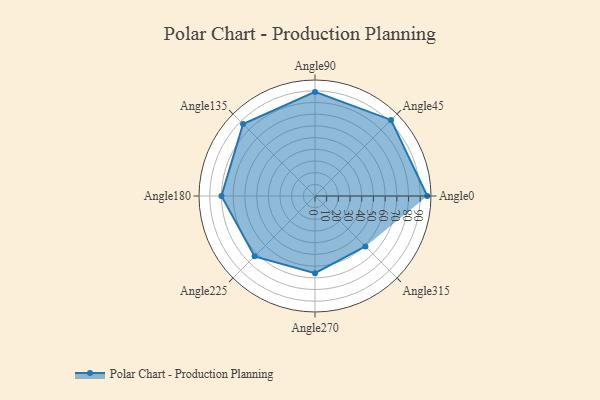
{"axis": {"x": "Angle", "y": "Radius"}, "legend": [""], "data": [{"x": "Angle0", "y": 96.0, "type": ""}, {"x": "Angle45", "y": 92.0, "type": ""}, {"x": "Angle90", "y": 89.0, "type": ""}, {"x": "Angle135", "y": 87.0, "type": ""}, {"x": "Angle180", "y": 80.0, "type": ""}, {"x": "Angle225", "y": 73.0, "type": ""}, {"x": "Angle270", "y": 66.0, "type": ""}, {"x": "Angle315", "y": 61.0, "type": ""}]}